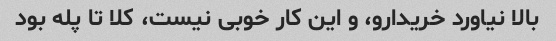
بالا نیاورد خریدارو، و این کار خوبی نیست، کلا تا پله بود